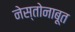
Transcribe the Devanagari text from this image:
नेस्तोनाबूत